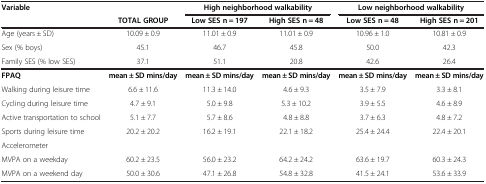
<table><thead><tr><td><b>Variable</b></td><td></td><td colspan="2"><b>High neighborhood walkability</b></td><td colspan="2"><b>Low neighborhood walkability</b></td></tr><tr><td></td><td><b>TOTAL GROUP</b></td><td><b>Low SES n = 197</b></td><td><b>High SES n = 48</b></td><td><b>Low SES n = 48</b></td><td><b>High SES n = 201</b></td></tr></thead><tbody><tr><td>Age (years ± SD)</td><td>10.09 ± 0.9</td><td>11.01 ± 0.9</td><td>11.01 ± 0.9</td><td>10.96 ± 1.0</td><td>10.81 ± 0.9</td></tr><tr><td>Sex (% boys)</td><td>45.1</td><td>46.7</td><td>45.8</td><td>50.0</td><td>42.3</td></tr><tr><td>Family SES (% low SES)</td><td>37.1</td><td>51.1</td><td>20.8</td><td>42.6</td><td>26.4</td></tr><tr><td><b>FPAQ</b></td><td><b>mean ± SD mins/day</b></td><td><b>mean ± SD mins/day</b></td><td><b>mean ± SD mins/day</b></td><td><b>mean ± SD mins/day</b></td><td><b>mean ± SD mins/day</b></td></tr><tr><td>Walking during leisure time</td><td>6.6 ± 11.6</td><td>11.3 ± 14.0</td><td>4.6 ± 9.3</td><td>3.5 ± 7.9</td><td>3.3 ± 8.1</td></tr><tr><td>Cycling during leisure time</td><td>4.7 ± 9.1</td><td>5.0 ± 9.8</td><td>5.3 ± 10.2</td><td>3.9 ± 5.5</td><td>4.6 ± 8.9</td></tr><tr><td>Active transportation to school</td><td>5.1 ± 7.7</td><td>5.7 ± 8.6</td><td>4.8 ± 8.8</td><td>3.7 ± 6.3</td><td>4.8 ± 7.2</td></tr><tr><td>Sports during leisure time</td><td>20.2 ± 20.2</td><td>16.2 ± 19.1</td><td>22.1 ± 18.2</td><td>25.4 ± 24.4</td><td>22.4 ± 20.1</td></tr><tr><td>Accelerometer</td><td colspan="5"></td></tr><tr><td>MVPA on a weekday</td><td>60.2 ± 23.5</td><td>56.0 ± 23.2</td><td>64.2 ± 24.2</td><td>63.6 ± 19.7</td><td>60.3 ± 24.3</td></tr><tr><td>MVPA on a weekend day</td><td>50.0 ± 30.6</td><td>47.1 ± 26.8</td><td>54.8 ± 32.8</td><td>41.5 ± 24.1</td><td>53.6 ± 33.9</td></tr></tbody></table>